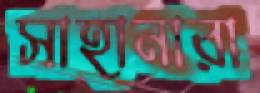
সাহানারা